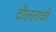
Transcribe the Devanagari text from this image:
दौलताची